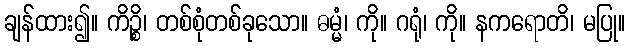
ချန်ထား၍။ ကိဉ္စိ၊ တစ်စုံတစ်ခုသော။ ဓမ္မံ၊ ကို။ ဂရုံ၊ ကို။ နကရောတိ၊ မပြု။